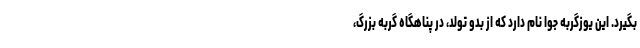
بگیرد. این یوزگربه جوا نام دارد که از بدو تولد، در پناهگاه گربه بزرگ،